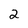
Character: 2